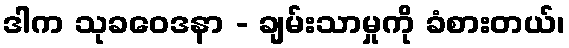
ဒါက သုခဝေဒနာ - ချမ်းသာမှုကို ခံစားတယ်၊